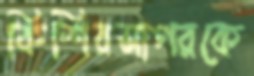
কিশিরসাগরকে